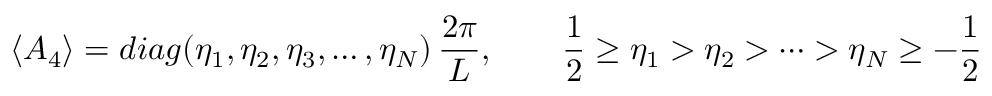
\langle { \cal A } _ { 4 } \rangle = d i a g ( \eta _ { 1 } , \eta _ { 2 } , \eta _ { 3 } , \dots , \eta _ { N } ) \, \frac { 2 \pi } { L } , \qquad \frac { 1 } { 2 } \ge \eta _ { 1 } > \eta _ { 2 } > \cdots > \eta _ { N } \ge - \frac { 1 } { 2 }